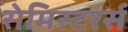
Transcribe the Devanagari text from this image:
सेमिस्टरर्स